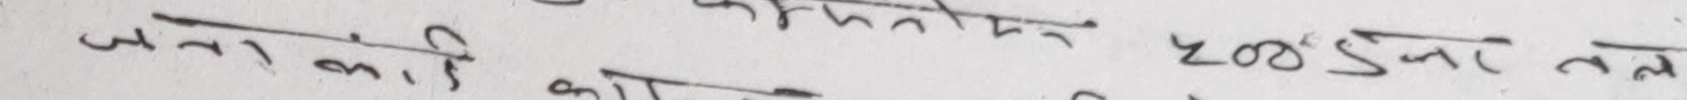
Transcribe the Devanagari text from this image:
...र्फनोन ४०० डिनार तल
जना को पनि अधिक